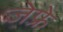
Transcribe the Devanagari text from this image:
जेफ्रे